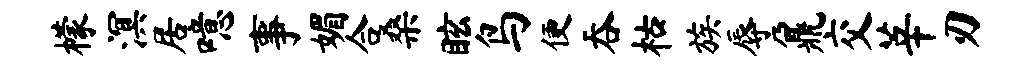
檬溟居噫事媚合桑眩鸟便吞枯族辱鼐交莘刃